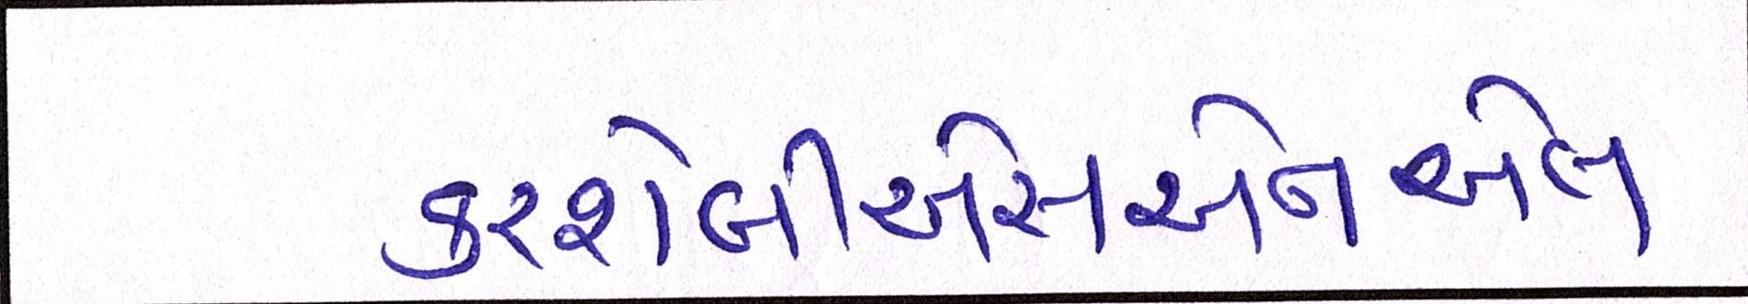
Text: કરશેબીએસએનએલ